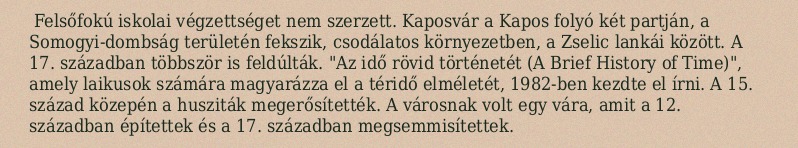
Felsőfokú iskolai végzettséget nem szerzett. Kaposvár a Kapos folyó két partján, a Somogyi-dombság területén fekszik, csodálatos környezetben, a Zselic lankái között. A 17. században többször is feldúlták. "Az idő rövid történetét (A Brief History of Time)", amely laikusok számára magyarázza el a téridő elméletét, 1982-ben kezdte el írni. A 15. század közepén a husziták megerősítették. A városnak volt egy vára, amit a 12. században építettek és a 17. században megsemmisítettek.